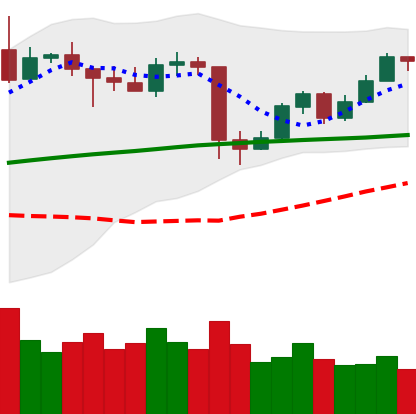
Ticker: ETH-USD
Chart end date: 2020-05-19
Forward return: -5.191%
Label: down_5_7